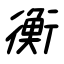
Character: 衡